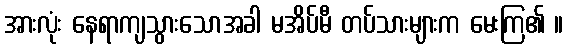
အားလုံး နေရာကျသွားသောအခါ မအိပ်မီ တပ်သားများက မေးကြ၏ ။